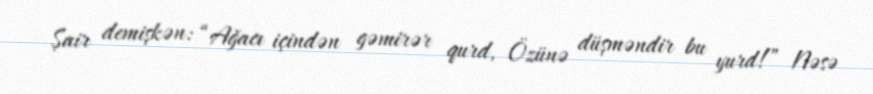
Şair demişkən: “Ağacı içindən gəmirər qurd, Özünə düşməndir bu yurd!” Nəsə